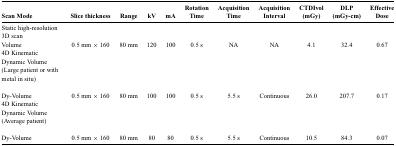
| Scan Mode | Slice thickness | Range | kV | mA | Rotation Time | Acquisition Time | Acquisition Interval | CTDIvol (mGy) | DLP (mGy-cm) | Effective Dose |
 | --- | --- | --- | --- | --- | --- | --- | --- | --- | --- | --- |
 | Static high-resolution 3D scan |  |  |  |  |  |  |  |  |  |  |
 | Volume | 0.5 mm × 160 | 80 mm | 120 | 100 | 0.5 s | NA | NA | 4.1 | 32.4 | 0.67 |
 | 4D Kinematic Dynamic Volume (Large patient or with metal in situ) |  |  |  |  |  |  |  |  |  |  |
 | Dy-Volume | 0.5 mm × 160 | 80 mm | 100 | 100 | 0.5 s | 5.5 s | Continuous | 26.0 | 207.7 | 0.17 |
 | 4D Kinematic Dynamic Volume (Average patient) |  |  |  |  |  |  |  |  |  |  |
 | Dy-Volume | 0.5 mm × 160 | 80 mm | 80 | 80 | 0.5 s | 5.5 s | Continuous | 10.5 | 84.3 | 0.07 |